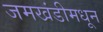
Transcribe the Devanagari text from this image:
जमखंडीमधून